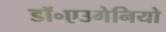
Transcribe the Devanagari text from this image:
डॉ॰एउगेनियो